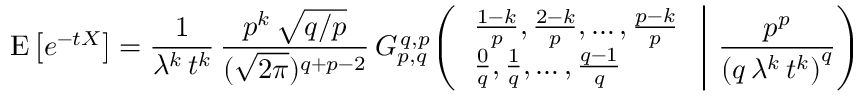
\operatorname { E } \left[ e ^ { - t X } \right] = { \frac { 1 } { \lambda ^ { k } \, t ^ { k } } } \, { \frac { p ^ { k } \, { \sqrt { q / p } } } { ( { \sqrt { 2 \pi } } ) ^ { q + p - 2 } } } \, G _ { p , q } ^ { \, q , p } \! \left( \left. { \begin{array} { l } { { \frac { 1 - k } { p } } , { \frac { 2 - k } { p } } , \dots , { \frac { p - k } { p } } } \\ { { \frac { 0 } { q } } , { \frac { 1 } { q } } , \dots , { \frac { q - 1 } { q } } } \end{array} } \; \right| \, { \frac { p ^ { p } } { \left( q \, \lambda ^ { k } \, t ^ { k } \right) ^ { q } } } \right)